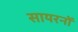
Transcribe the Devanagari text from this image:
सायरनों